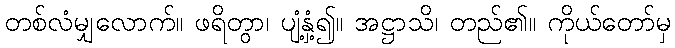
တစ်လံမျှလောက်။ ဖရိတွာ၊ ပျံ့နှံ့၍။ အဋ္ဌာသိ၊ တည်၏။ ကိုယ်တော်မှ